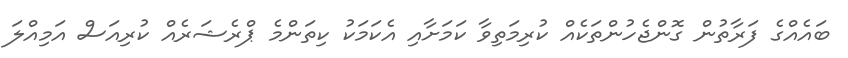
ބައެއްގެ ފަރާތުން ގޮންޖެހުންތަކެއް ކުރިމަތިވާ ކަމަށާއި އެކަމަކު ކިތަންމެ ޕްރެޝަރެއް ކުރިއަސް އަމިއްލަ